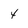
Character: 4